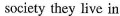
society they live in.